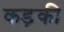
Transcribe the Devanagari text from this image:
कड़की